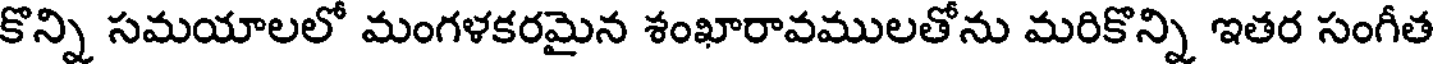
కొన్ని సమయాలలో మంగళకరమైన శంఖారావములతోను మరికొన్ని ఇతర సంగీత